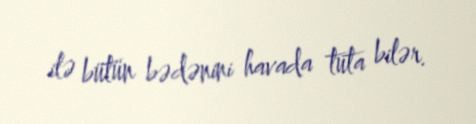
ilə bütün bədənini havada tuta bilər.